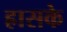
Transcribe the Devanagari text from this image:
ह्रासके